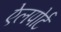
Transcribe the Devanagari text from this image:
ऐलपोर्ट